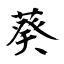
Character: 葵